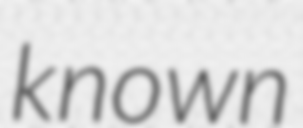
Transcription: known